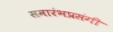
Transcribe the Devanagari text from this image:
समारंभप्रसंगी